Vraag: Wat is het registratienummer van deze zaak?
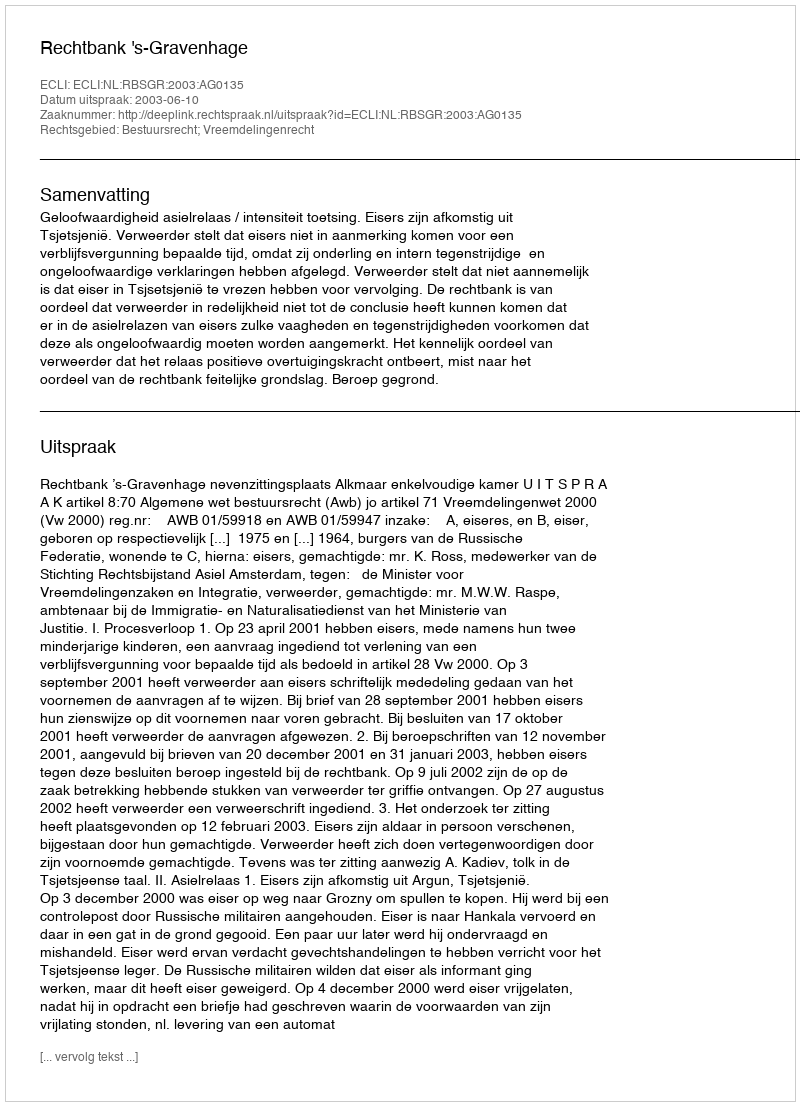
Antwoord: http://deeplink.rechtspraak.nl/uitspraak?id=ECLI:NL:RBSGR:2003:AG0135